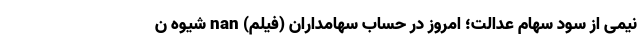
نیمی از سود سهام عدالت؛ امروز در حساب سهامداران (فیلم) nan شیوه ن